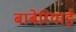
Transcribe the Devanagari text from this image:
बाबेरियाई